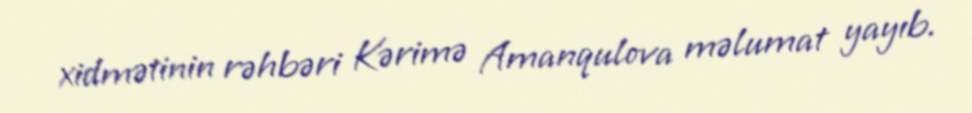
xidmətinin rəhbəri Kərimə Amanqulova məlumat yayıb.